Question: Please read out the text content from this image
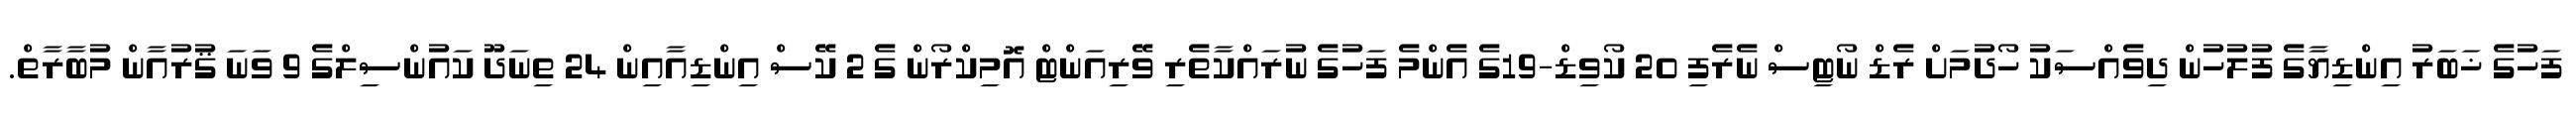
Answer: ފަހުގެ ޚަބަރު އިންޑިޔާގެ ފުލުހުން ދިވެއްސަކު ހޯދުމަށް ރެޑް ނޯޓިސް ނެރެފި 20 ކޯވިޑް-19ގެ އެންމެ ފަހުގެ ނުރައްކާތެރި ވޭރިއަންޓް އޮމިކްރޯން ގެ 2 ކޭސް އިންޑިއާއިން 24 ތިނަދޫ ކައުންސިލްގެ 9 ވަނަ ޤުރުއާން މުބާރާތް.